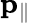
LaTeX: \mathbf{p_{\parallel}}